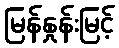
မြန်နှုန်းမြင့်